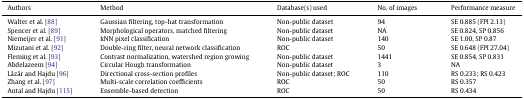
<table><thead><tr><td><b>Authors</b></td><td><b>Method</b></td><td><b>Database(s) used</b></td><td><b>No. of images</b></td><td><b>Performance measure</b></td></tr></thead><tbody><tr><td>Walter et al. [88]</td><td>Gaussian filtering, top-hat transformation</td><td>Non-public dataset</td><td>94</td><td>SE 0.885 (FPI 2.13)</td></tr><tr><td>Spencer et al. [89]</td><td>Morphological operators, matched filtering</td><td>Non-public dataset</td><td>NA</td><td>SE 0.824, SP 0.856</td></tr><tr><td>Niemeijer et al. [91]</td><td>kNN pixel classification</td><td>Non-public dataset</td><td>140</td><td>SE 1.00, SP 0.87</td></tr><tr><td>Mizutani et al. [92]</td><td>Double-ring filter, neural network classification</td><td>ROC</td><td>50</td><td>SE 0.648 (FPI 27.04)</td></tr><tr><td>Fleming et al. [93]</td><td>Contrast normalization, watershed region growing</td><td>Non-public dataset</td><td>1441</td><td>SE 0.854, SP 0.831</td></tr><tr><td>Abdelazeem [94]</td><td>Circular Hough transformation</td><td>Non-public dataset</td><td>3</td><td>NA</td></tr><tr><td>Lázár and Hajdu [96]</td><td>Directional cross-section profiles</td><td>Non-public dataset; ROC</td><td>110</td><td>RS 0.233; RS 0.423</td></tr><tr><td>Zhang et al. [97]</td><td>Multi-scale correlation coefficients</td><td>ROC</td><td>50</td><td>RS 0.357</td></tr><tr><td>Antal and Hajdu [115]</td><td>Ensemble-based detection</td><td>ROC</td><td>50</td><td>RS 0.434</td></tr></tbody></table>